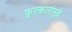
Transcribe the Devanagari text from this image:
फुत्कारांमुळे